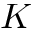
K